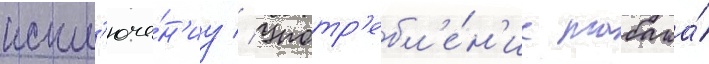
искл'юче́н'иу // Употр'ебл'е́н'ие табака́